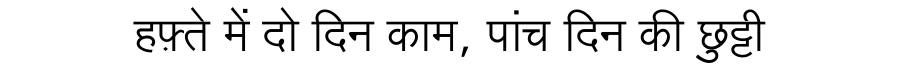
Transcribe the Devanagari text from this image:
हफ़्ते में दो दिन काम, पांच दिन की छुट्टी